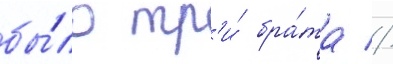
бы́ло тр'и́ бра́та //